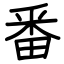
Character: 番